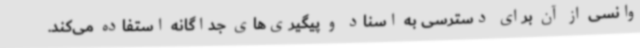
وانسی از آن برای دسترسی به اسناد و پیگیری‌های جداگانه استفاده می‌کند.